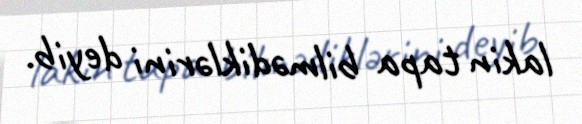
lakin tapa bilmədiklərini deyib.